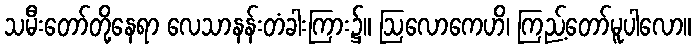
သမီးတော်တို့နေရာ လေသာနန်းတံခါးကြား၌။ ဩလောကေဟိ၊ ကြည့်တော်မူပါလော။